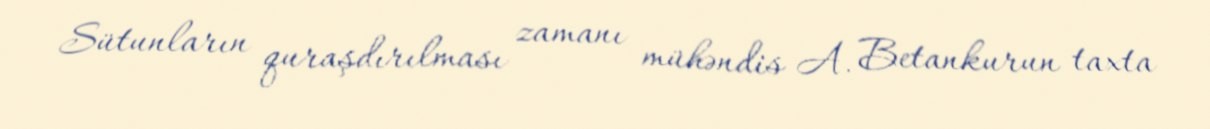
Sütunların quraşdırılması zamanı mühəndis A. Betankurun taxta